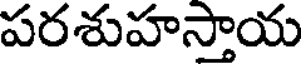
పరశుహస్తాయ